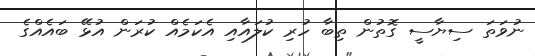
ނުވަތަ ސިޔާސީ ގޮތުން ތިބާ ހުރި ކުލައާއި އެކަމެއް ކުރަން އުޅޭ ބައެއްގެ